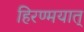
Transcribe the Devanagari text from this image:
हिरण्मयात्